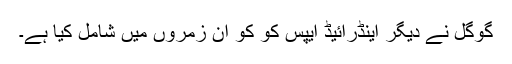
گوگل نے دیگر اینڈرائیڈ ایپس کو کو ان زمروں میں شامل کیا ہے۔